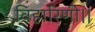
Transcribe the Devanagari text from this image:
विहारिणी।।